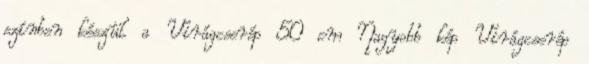
színben készül a Virágcserép 50 cm Nagyobb kép Virágcserép